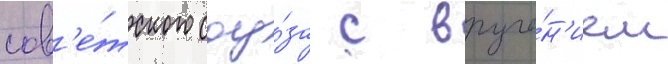
сов'е́тского соу́за с вруче́н'ием